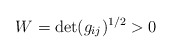
\begin{align*}W=\det(g_{ij})^{1/2}>0\end{align*}